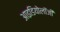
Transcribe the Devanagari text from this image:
आइडियोलॉजी